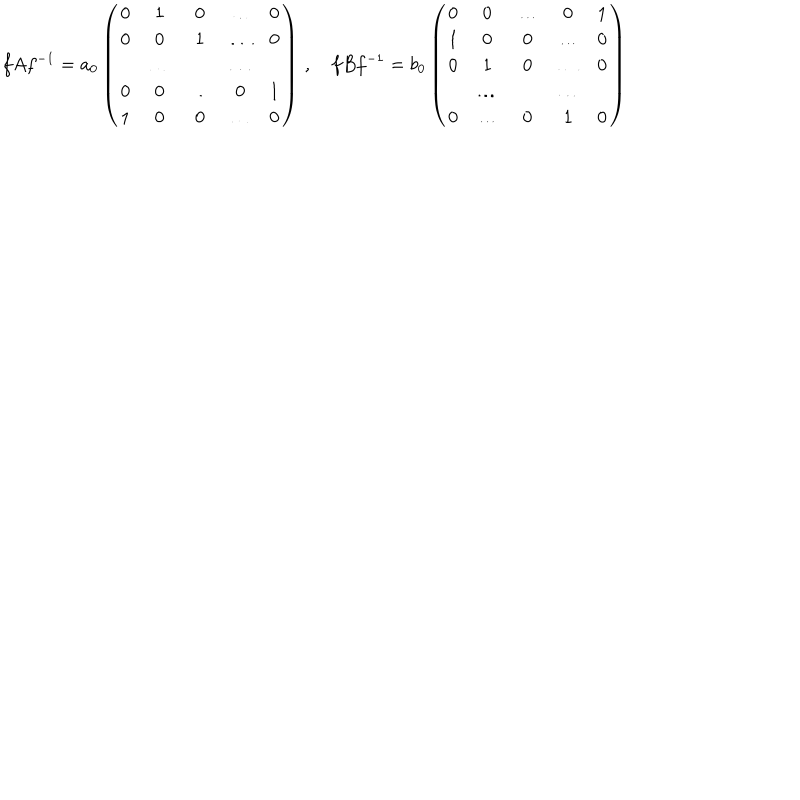
LaTeX: f A f ^ { - 1 } = a _ { 0 } \left( \begin{matrix} { { 0 } } & { { 1 } } & { { 0 } } & { { \ldots } } & { { 0 } } \\ { { 0 } } & { { 0 } } & { { 1 } } & { { \ldots } } & { { 0 } } \\ { { } } & { { \ldots } } & { { } } & { { \dots } } & { { } } \\ { { 0 } } & { { 0 } } & { { \dots } } & { { 0 } } & { { 1 } } \\ { { 1 } } & { { 0 } } & { { 0 } } & { { \dots } } & { { 0 } } \\ \end{matrix} \right) \, , f B f ^ { - 1 } = b _ { 0 } \left( \begin{matrix} { { 0 } } & { { 0 } } & { { \dots } } & { { 0 } } & { { 1 } } \\ { { 1 } } & { { 0 } } & { { 0 } } & { { \dots } } & { { 0 } } \\ { { 0 } } & { { 1 } } & { { 0 } } & { { \ldots } } & { { 0 } } \\ { { } } & { { \ldots } } & { { } } & { { \dots } } & { { } } \\ { { 0 } } & { { \ldots } } & { { 0 } } & { { 1 } } & { { 0 } } \\ \end{matrix} \right)